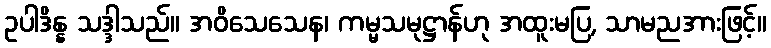
ဥပါဒိန္န သဒ္ဒါသည်။ အဝိသေသေန၊ ကမ္မသမုဋ္ဌာန်ဟု အထူးမပြ, သာမညအားဖြင့်။